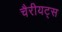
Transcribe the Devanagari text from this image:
चैरीयट्स